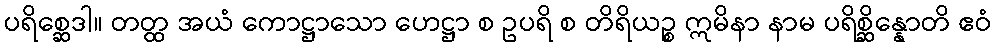
ပရိစ္ဆေဒါ။ တတ္ထ အယံ ကောဋ္ဌာသော ဟေဋ္ဌာ စ ဥပရိ စ တိရိယဉ္စ ဣမိနာ နာမ ပရိစ္ဆိန္နောတိ ဧဝံ